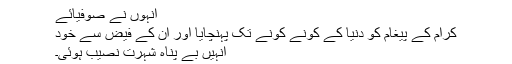
انہوں نے صوفیائے
کرام کے پیغام کو دنیا کے کونے کونے تک پہنچایا اور ان کے فیض سے خود
انہیں بے پناہ شہرت نصیب ہوئی۔